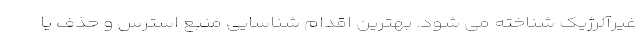
غیرآلرژیک شناخته می شود. بهترین اقدام شناسایی منبع استرس و حذف یا